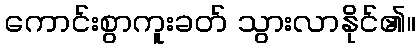
ကောင်းစွာကူးခတ် သွားလာနိုင်၏။